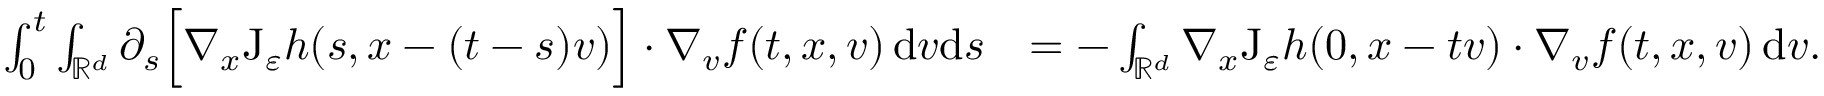
\begin{array} { r l } { \int _ { 0 } ^ { t } \int _ { \mathbb R ^ { d } } \partial _ { s } \Big [ \nabla _ { x } \mathrm { J } _ { \varepsilon } h ( s , x - ( t - s ) v ) \Big ] \cdot \nabla _ { v } f ( t , x , v ) \, \mathrm { d } v \mathrm { d } s } & { = - \int _ { \mathbb R ^ { d } } \nabla _ { x } \mathrm { J } _ { \varepsilon } h ( 0 , x - t v ) \cdot \nabla _ { v } f ( t , x , v ) \, \mathrm { d } v . } \end{array}